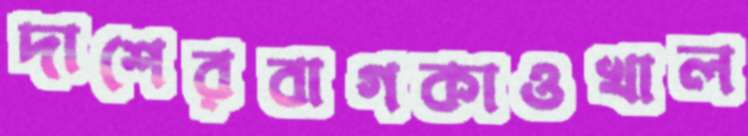
দাশেরবাগকাওখাল